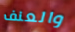
والعنف